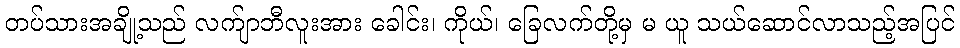
တပ်သားအချို့သည် လက်ျာဘီလူးအား ခေါင်း၊ ကိုယ်၊ ခြေလက်တို့မှ မ ယူ သယ်ဆောင်လာသည့်အပြင်